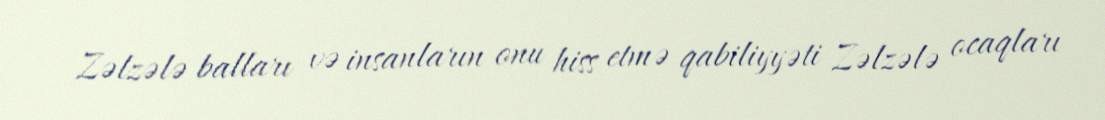
Zəlzələ balları və insanların onu hiss etmə qabiliyyəti Zəlzələ ocaqları